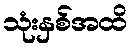
သုံးနှစ်အထိ